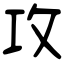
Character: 攻